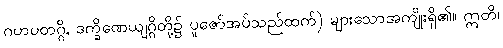
ဂဟပတဂ္ဂိ, ဒက္ခိဏေယျဂ္ဂိတို့၌ ပူဇော်အပ်သည်ထက်) များသောအကျိုးရှိ၏။ ဣတိ၊